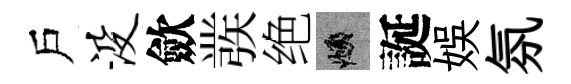
戶没歛彂绝頫誕娱氛